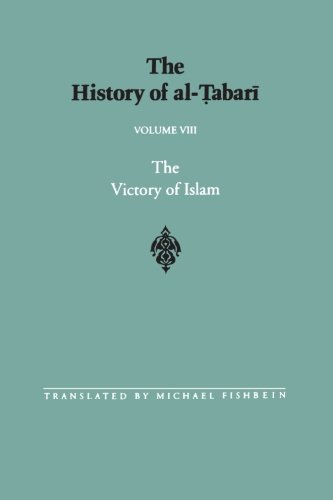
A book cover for The History of al-Tabari Vol. 8 The Victory of Islam: Muhammad at Medina A.D. 626-630/A.H. 5-8; Religion & Spirituality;